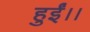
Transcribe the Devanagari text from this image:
हुईं।।